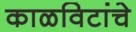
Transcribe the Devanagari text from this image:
काळविटांचे